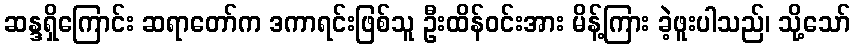
ဆန္ဒရှိကြောင်း ဆရာတော်က ဒကာရင်းဖြစ်သူ ဦးထိန်ဝင်းအား မိန့်ကြား ခဲ့ဖူးပါသည်၊ သို့သော်